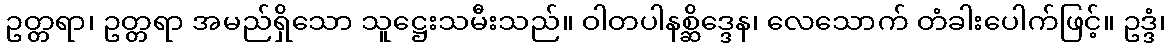
ဥတ္တရာ၊ ဥတ္တရာ အမည်ရှိသော သူဋ္ဌေးသမီးသည်။ ဝါတပါနစ္ဆိဒ္ဒေန၊ လေသောက် တံခါးပေါက်ဖြင့်။ ဥဒ္ဒံ၊